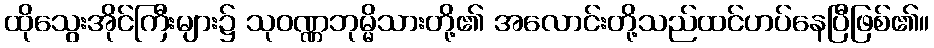
ထိုသွေးအိုင်ကြီးများ၌ သုဝဏ္ဏဘုမ္မိသားတို့၏ အလောင်းတို့သည်ထင်ဟပ်နေပြီဖြစ်၏။